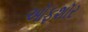
ઑફશૉર